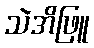
သဲအိဖြူ